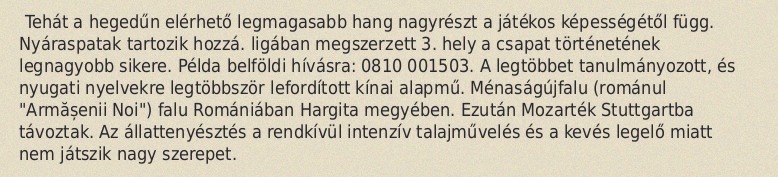
Tehát a hegedűn elérhető legmagasabb hang nagyrészt a játékos képességétől függ. Nyáraspatak tartozik hozzá. ligában megszerzett 3. hely a csapat történetének legnagyobb sikere. Példa belföldi hívásra: 0810 001503. A legtöbbet tanulmányozott, és nyugati nyelvekre legtöbbször lefordított kínai alapmű. Ménaságújfalu (románul "Armășenii Noi") falu Romániában Hargita megyében. Ezután Mozarték Stuttgartba távoztak. Az állattenyésztés a rendkívül intenzív talajművelés és a kevés legelő miatt nem játszik nagy szerepet.